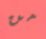
من